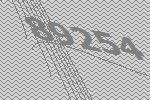
89254